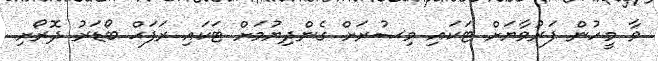
ވާ މީހުން ފަރުވާޔަށް ޓަކައި މިޞުރަށް ގެންދިޔުމަށް ޓަކައި ރަފަޙް ބޯޑަރު ދޮރޯށި